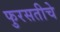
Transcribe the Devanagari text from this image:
फुरसतीचे